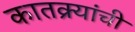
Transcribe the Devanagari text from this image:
कातक्र्‍यांची